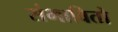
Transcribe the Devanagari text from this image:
संभावितो